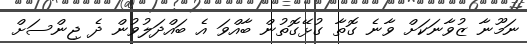
ނަމޫނާ ޒުވާނަކަށް ވާނެ ގޮތާ ގުޅޭގޮތުން ބާއްވަ އެ ބައްދަލުވުން ދެ ޖިންސަށް